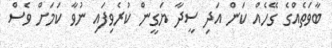
ބާވަތެއްގެ ގޭހެއް ކަން އަދި ސީދާ ޔަގީން ކުރެވިފައި ނުވާ ކަމަށް ވެސް